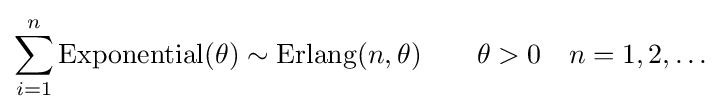
\sum _{i=1}^{n}\operatorname {Exponential} (\theta )\sim \operatorname {Erlang} (n,\theta )\qquad \theta >0\quad n=1,2,\dots